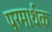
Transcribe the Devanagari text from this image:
परमार्थक